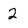
Character: 2